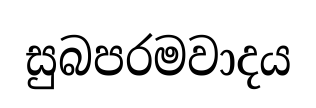
සුබපරමවාදය